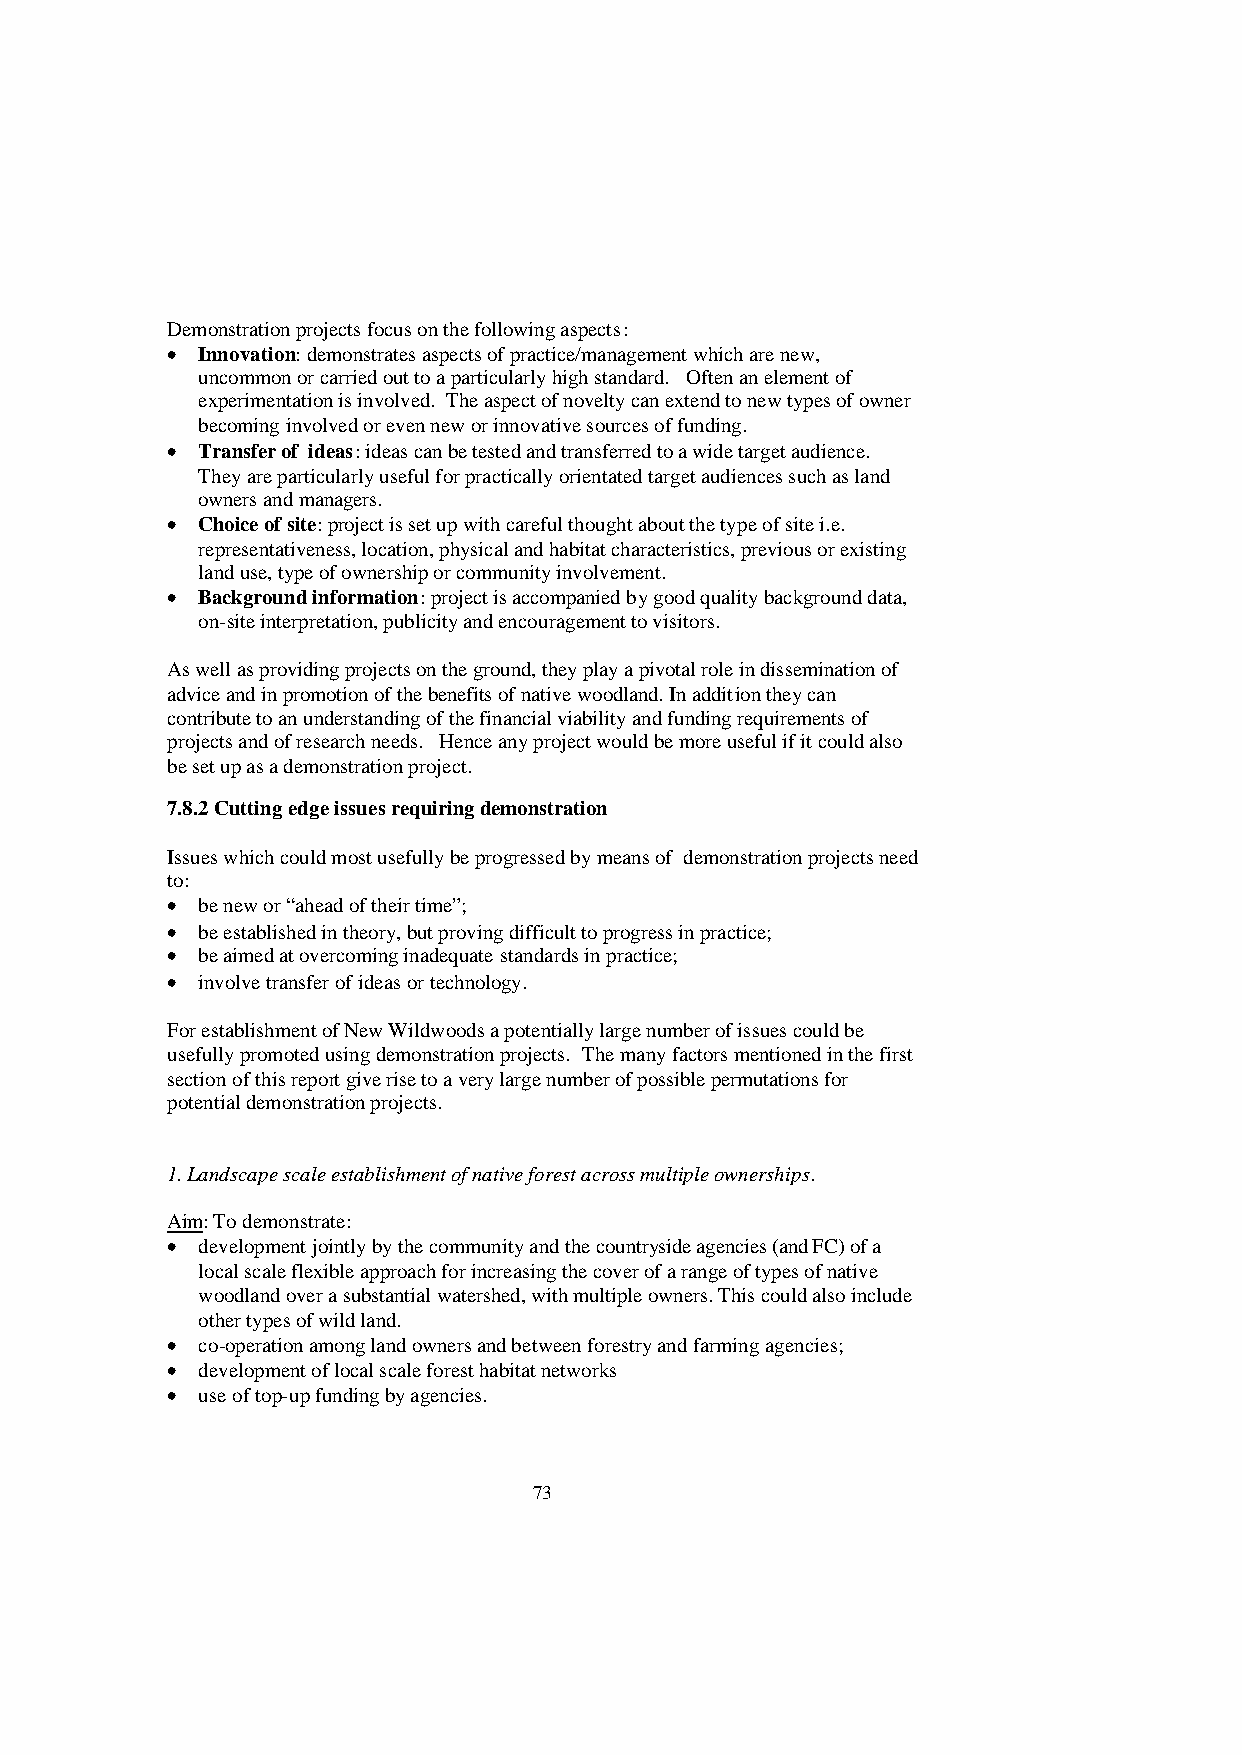
Demonstration projects focus on the following aspects:
 • Innovation: demonstrates aspects of practice/management which are new,
 uncommon or carried out to a particularly high standard. Often an element of
 experimentation is involved. The aspect of novelty can extend to new types of owner
 becoming involved or even new or innovative sources of funding.
 • Transfer of ideas: ideas can be tested and transferred to a wide target audience.
 They are particularly useful for practically orientated target audiences such as land
 owners and managers.
 • Choice of site: project is set up with careful thought about the type of site i.e.
 representativeness, location, physical and habitat characteristics, previous or existing
 land use, type of ownership or community involvement.
 • Background information: project is accompanied by good quality background data,
 on-site interpretation, publicity and encouragement to visitors.
 As well as providing projects on the ground, they play a pivotal role in dissemination of
 advice and in promotion of the benefits of native woodland. In addition they can
 contribute to an understanding of the financial viability and funding requirements of
 projects and of research needs. Hence any project would be more useful if it could also
 be set up as a demonstration project.
 7.8.2 Cutting edge issues requiring demonstration
 Issues which could most usefully be progressed by means of demonstration projects need
 to:
 • be new or “ahead of their time”;
 • be established in theory, but proving difficult to progress in practice;
 • be aimed at overcoming inadequate standards in practice;
 • involve transfer of ideas or technology.
 For establishment of New Wildwoods a potentially large number of issues could be
 usefully promoted using demonstration projects. The many factors mentioned in the first
 section of this report give rise to a very large number of possible permutations for
 potential demonstration projects.
 1. Landscape scale establishment of native forest across multiple ownerships.
 Aim: To demonstrate:
 • development jointly by the community and the countryside agencies (and FC) of a
 local scale flexible approach for increasing the cover of a range of types of native
 woodland over a substantial watershed, with multiple owners. This could also include
 other types of wild land.
 • co-operation among land owners and between forestry and farming agencies;
 • development of local scale forest habitat networks
 • use of top-up funding by agencies.
 73